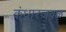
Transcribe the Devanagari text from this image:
कंधारजवळ